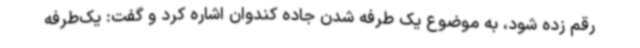
رقم زده شود، به موضوع یک طرفه شدن جاده کندوان اشاره کرد و گفت: یک‌طرفه